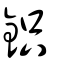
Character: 鉙